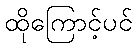
ထိုကြောင့်ပင်